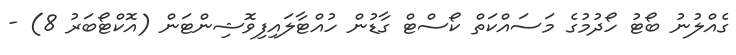
ގެއްލުނު ބޯޓު ހޯދުމުގެ މަސައްކަތް ކޯސްޓް ގާޑުން ހުއްޓާލައިފިވޮޝިންޓަން (އޮކްޓޯބަރު 8) -